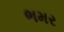
ભમર